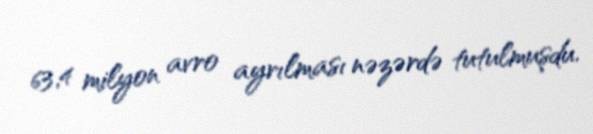
63,4 milyon avro ayrılması nəzərdə tutulmuşdu.